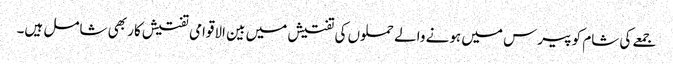
جمعے کی شام کو پیرس میں ہونے والے حملوں کی تفتیش میں بین الاقوامی تفتیش کار بھی شامل ہیں۔